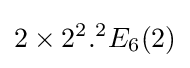
2\times 2^{2}.^{2}E_{6}(2)